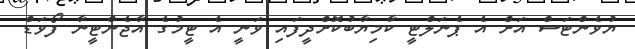
ޔުވެންޓަސް އަށް އެ ޕެނަލްޓީ ކާމިޔާބުކޮށްދީފައި ވަނީ އެ ޓީމުގެ އާޖެންޓީނާ ފޯވަޑް